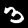
Digit: 3